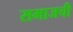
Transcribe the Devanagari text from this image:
समाजची